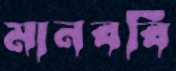
মানববি